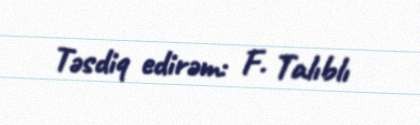
Təsdiq edirəm: F. Talıblı